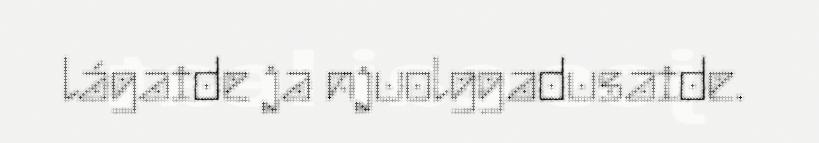
lágaide ja njuolggadusaide.